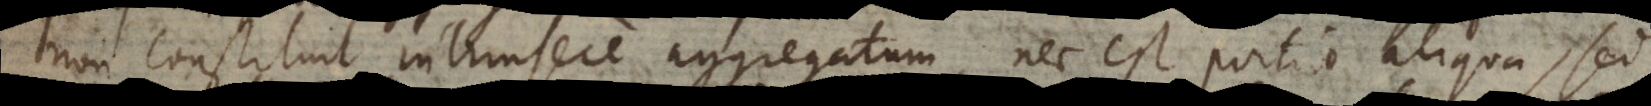
non constituit intrinsece aggregatum, nec est portio aliqua, sed